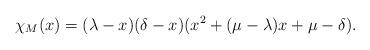
LaTeX: \begin{align*}\chi_M(x)=(\lambda-x)(\delta-x)(x^2+(\mu-\lambda)x+\mu-\delta).\end{align*}